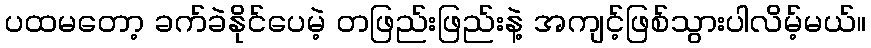
ပထမတော့ ခက်ခဲနိုင်ပေမဲ့ တဖြည်းဖြည်းနဲ့ အကျင့်ဖြစ်သွားပါလိမ့်မယ်။